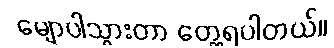
မျောပါသွားတာ တွေ့ရပါတယ်။